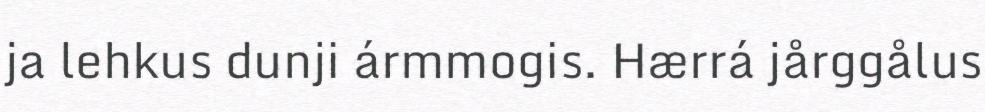
ja lehkus dunji ármmogis. Hærrá jårggålus